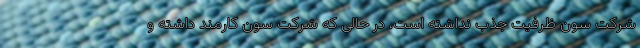
شرکت سون ظرفیت جذب نداشته است، در حالی که شرکت سون کارمند داشته و